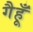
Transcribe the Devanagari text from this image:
गैहूँ